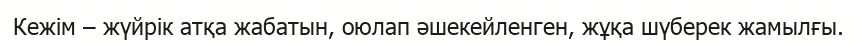
Кежім – жүйрік атқа жабатын, оюлап әшекейленген, жұқа шүберек жамылғы.